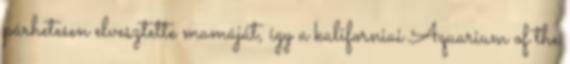
párhetesen elvesztette mamáját, így a kaliforniai Aquarium of the